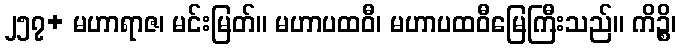
၂၅၇+ မဟာရာဇ၊ မင်းမြတ်။ မဟာပထဝီ၊ မဟာပထဝီမြေကြီးသည်။ ကိဉ္စိ၊